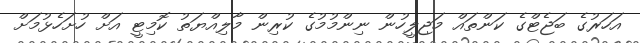
އަހަރުގެ ބަޖެޓްގެ ކަންތައް މަޖިލީހުން ނިންމުމުގެ ކުރިން މާލިއްޔަތު ކޮމިޓީ އަށް ހުށަހެޅުމަށް